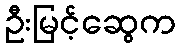
ဦးမြင့်ဆွေက